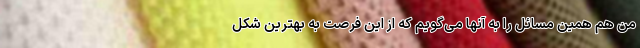
من هم همین مسائل را به آنها می‌گویم که از این فرصت به بهترین شکل